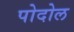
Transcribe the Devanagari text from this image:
पोदोल